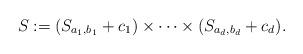
LaTeX: \begin{align*}S:=(S_{a_1,b_1}+c_1)\times \cdots \times (S_{a_d,b_d}+c_d).\end{align*}